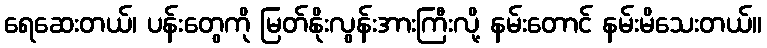
ရေဆေးတယ်၊ ပန်းတွေကို မြတ်နိုးလွန်းအားကြီးလို့ နမ်းတောင် နမ်းမိသေးတယ်။